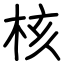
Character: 核